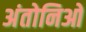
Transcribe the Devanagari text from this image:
अंतोनिओ